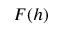
F ( h )